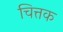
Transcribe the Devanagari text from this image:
चित्तक